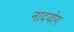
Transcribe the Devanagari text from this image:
नादयोग